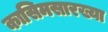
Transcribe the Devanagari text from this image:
कासिमसारख्या